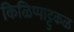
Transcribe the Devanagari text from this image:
किळिप्पाट्टुकळ